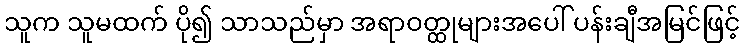
သူက သူမထက် ပို၍ သာသည်မှာ အရာဝတ္ထုများအပေါ် ပန်းချီအမြင်ဖြင့်